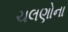
ચલણોના